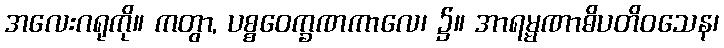
အလေးဂရုကို။ ကတွာ, ပစ္စဝေက္ခဏကာလေ၊ ၌။ အာရမ္မဏာဓိပတိဝသေန၊